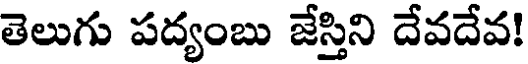
తెలుగు పద్యంబు జేస్తిని దేవదేవ!